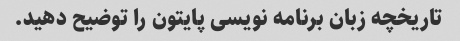
تاریخچه زبان برنامه نویسی پایتون را توضیح دهید.